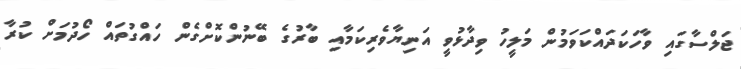
ޖަލްސާގައި ވާހަކަދައްކަވަމުން މަލީހު ވިދާޅުވީ އަނިޔާވެރިކަމާއި ބާރުގެ ބޭނުންކޮށްގެން ހައްގުތައް ހޯދުމަށް ކުރާ